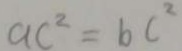
a c ^ { 2 } = b c ^ { 2 }